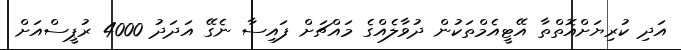
އަދި ކުރިޔަށްއޮތްތާ އޭޓީއެމްތަކުން ދުވާލެއްގެ މައްޗަށް ފައިސާ ނެގޭ އަދަދު 4000 ރުޕީސްއަށް